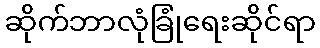
ဆိုက်ဘာလုံခြုံရေးဆိုင်ရာ